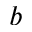
^ b